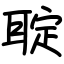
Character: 聢